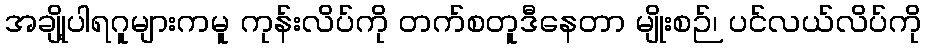
အချို့ပါရဂူများကမူ ကုန်းလိပ်ကို တက်စတူဒီနေတာ မျိုးစဉ်၊ ပင်လယ်လိပ်ကို